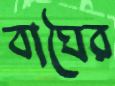
বাঘৈর